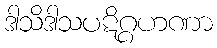
ဒါသိဒါသပဋိဂ္ဂဟဏာ